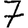
Digit: 7